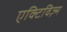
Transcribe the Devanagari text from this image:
एक्टिविज़्म